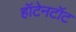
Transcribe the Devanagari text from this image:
हॉटेनटॉट